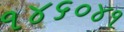
૧૪૬૦૪૧